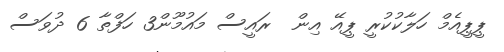
ޕީޕީއެމް ހަލާކުކުރީ ޕީއޭ އިން  ރައީސް މައުމޫން3 ހަފްތާ 6 ދުވަސް